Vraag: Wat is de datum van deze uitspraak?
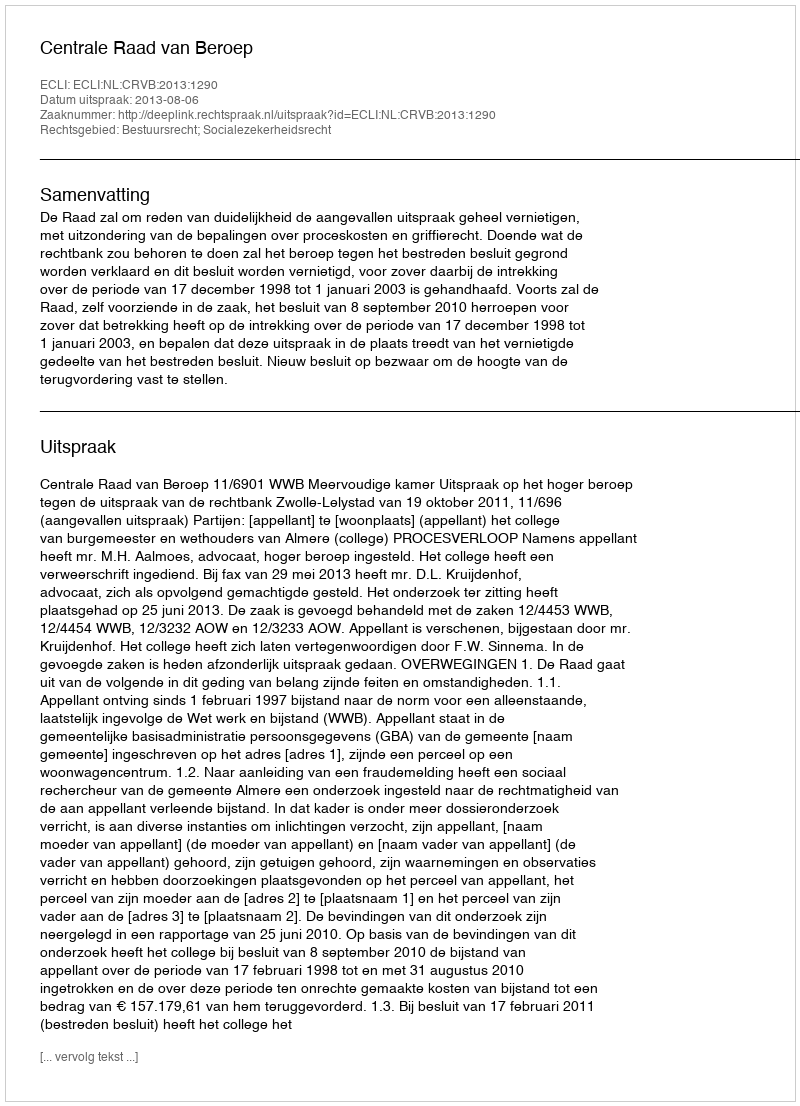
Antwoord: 2013-08-06